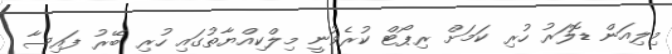
މިލިއަން ޑޮލަރު ހުރި ކަމަށް ރިޕޯޓް ކުރެވުނީ މިލްކިއްޔާތުގައި ހުރި ބޭރު ފައިސާ